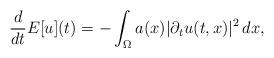
LaTeX: \begin{align*} \frac{d}{dt} E[u](t) &= - \int_{\Omega} a(x) |\partial_t u(t,x)|^2 \,dx,\end{align*}